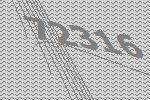
72316